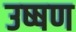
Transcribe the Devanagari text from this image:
उष्षण